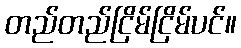
တည်တည်ငြိမ်ငြိမ်ပင်။